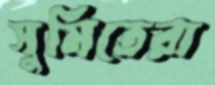
সুমিতেরা